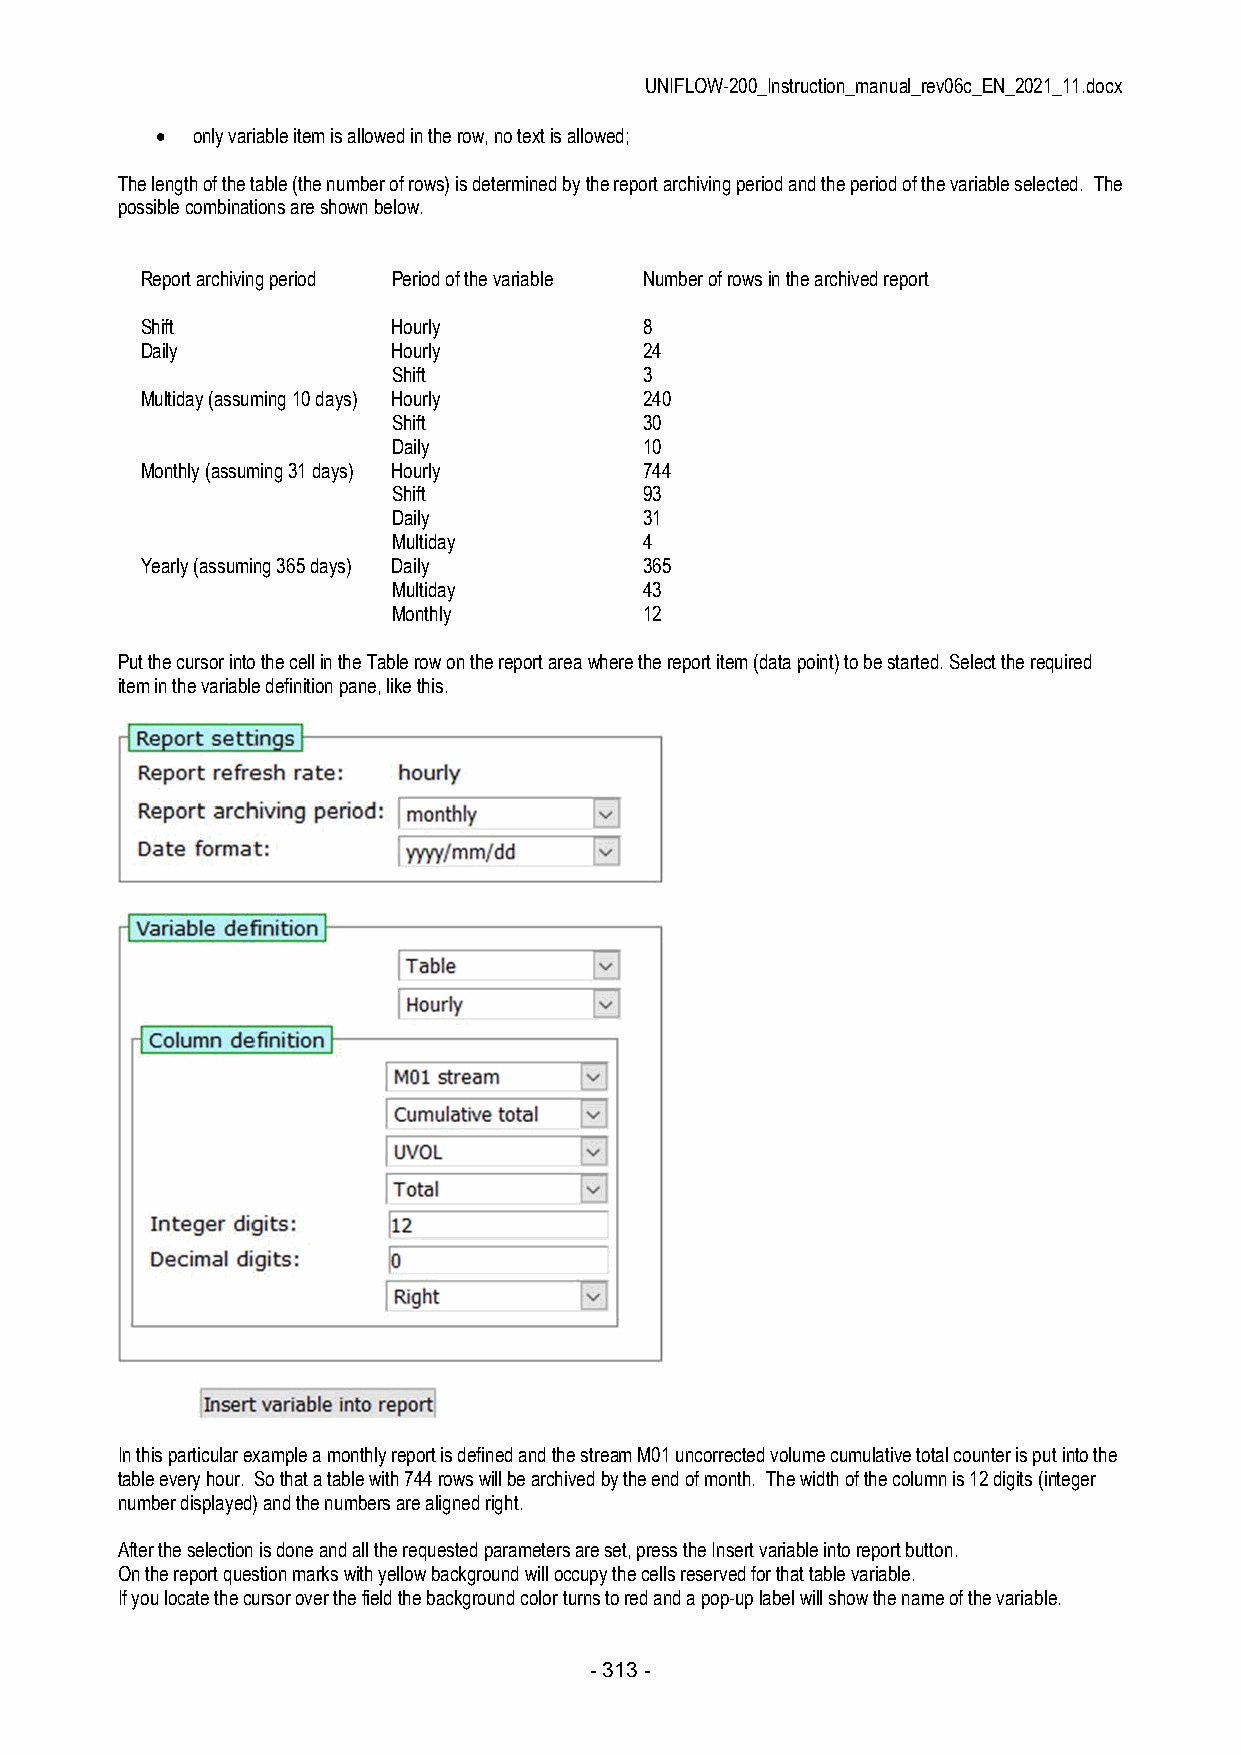
UNIFLOW-200_Instruction_manual_rev06c_EN_2021_11.docx
   only variable item is allowed in the row, no text is allowed;
 The length of the table (the number of rows) is determined by the report archiving period and the period of the variable selected. The
 possible combinations are shown below.
 Report archiving period Period of the variable Number of rows in the archived report
 Shift            Hourly           8
 Daily            Hourly           24
 Shift            3
 Multiday (assuming 10 days) Hourly 240
 Shift            30
 Daily            10
 Monthly (assuming 31 days) Hourly 744
 Shift            93
 Daily            31
 Multiday         4
 Yearly (assuming 365 days) Daily  365
 Multiday         43
 Monthly          12
 Put the cursor into the cell in the Table row on the report area where the report item (data point) to be started. Select the required
 item in the variable definition pane, like this.
 In this particular example a monthly report is defined and the stream M01 uncorrected volume cumulative total counter is put into the
 table every hour. So that a table with 744 rows will be archived by the end of month. The width of the column is 12 digits (integer
 number displayed) and the numbers are aligned right.
 After the selection is done and all the requested parameters are set, press the Insert variable into report button.
 On the report question marks with yellow background will occupy the cells reserved for that table variable.
 If you locate the cursor over the field the background color turns to red and a pop-up label will show the name of the variable.
 - 313 -